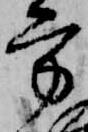
方